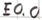
Text: E0.0